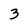
Character: 3